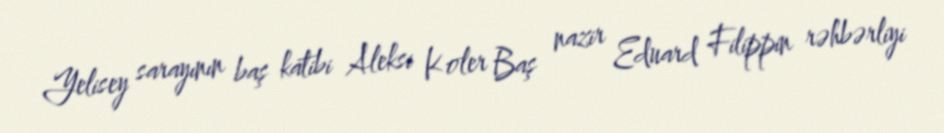
Yelisey sarayının baş katibi Aleksi Koler Baş nazir Eduard Filippin rəhbərliyi